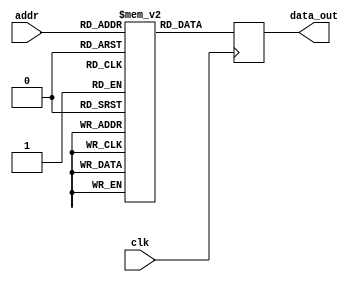
module parameterized_rom #(
    parameter DATA_WIDTH = 8,    // Number of bits in each data word
    parameter ADDR_WIDTH = 4      // Number of bits for addressing the ROM locations
) (
    input  wire [ADDR_WIDTH-1:0] addr,     // Address input
    input  wire clk,                       // Clock input (for synchronous read)
    output reg  [DATA_WIDTH-1:0] data_out   // Data output
);

    // ROM initialization with a predefined set of values
    reg [DATA_WIDTH-1:0] rom [(2**ADDR_WIDTH)-1:0];

    // Initialize the ROM with some example values
    initial begin
        // Fill the ROM with example values
        rom[0]  = 8'h00;
        rom[1]  = 8'h01;
        rom[2]  = 8'h02;
        rom[3]  = 8'h03;
        rom[4]  = 8'h04;
        rom[5]  = 8'h05;
        rom[6]  = 8'h06;
        rom[7]  = 8'h07;
        rom[8]  = 8'h08;
        rom[9]  = 8'h09;
        rom[10] = 8'h0A;
        rom[11] = 8'h0B;
        rom[12] = 8'h0C;
        rom[13] = 8'h0D;
        rom[14] = 8'h0E;
        rom[15] = 8'h0F; // Modify as needed for larger ROM sizes
    end

    // Synchronous read operation
    always @(posedge clk) begin
        data_out <= rom[addr]; // Read data from ROM on clock edge
    end

endmodule